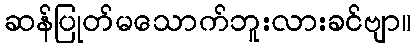
ဆန်ပြုတ်မသောက်ဘူးလားခင်ဗျာ။